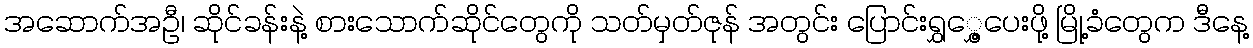
အဆောက်အဦ၊ ဆိုင်ခန်းနဲ့ စားသောက်ဆိုင်တွေကို သတ်မှတ်ဇုန် အတွင်း ပြောင်းရွှွှေ့ပေးဖို့ မြို့ခံတွေက ဒီနေ့